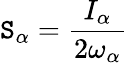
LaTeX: \mathtt{S}_{\alpha}=\frac{{I_{\alpha}}}{{2\omega_{\alpha}}}